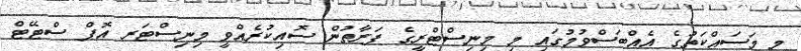
މި މަސައްކަތުގެ އެއްބަސްވުމުގައި މި މިނިސްޓްރީގެ ފަރާތުން ސޮއިކުރެއްވީ މިނިސްޓަރ އޮޕް ސްޓޭޓް